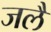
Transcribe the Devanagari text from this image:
जलै